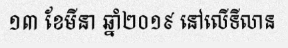
១៣ ខែមីនា ឆ្នាំ២០១៩ នៅលើទីលាន